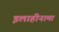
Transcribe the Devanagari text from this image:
इलाहीनामा